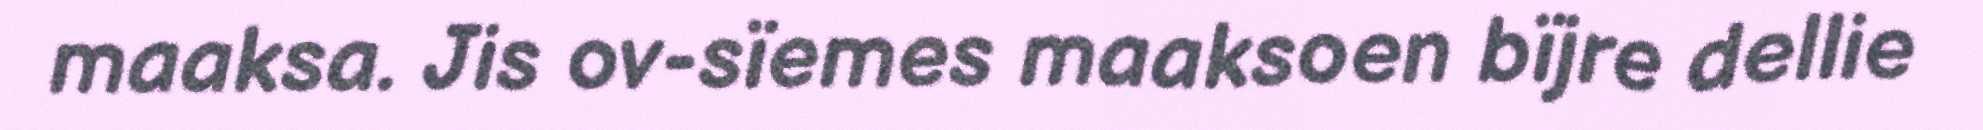
maaksa. Jis ov-sïemes maaksoen bïjre dellie